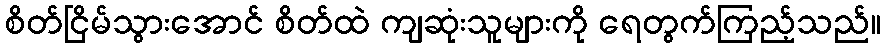
စိတ်ငြိမ်သွားအောင် စိတ်ထဲ ကျဆုံးသူများကို ရေတွက်ကြည့်သည်။